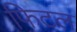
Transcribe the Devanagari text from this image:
फिटल